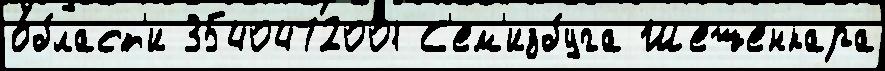
о́бласт'и 3540472001 С'ем'избуга Шешенкара